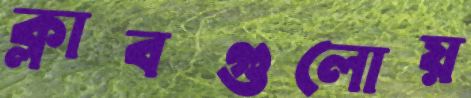
ক্লাবগুলোয়